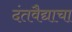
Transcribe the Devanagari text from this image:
दंतवैद्याचा